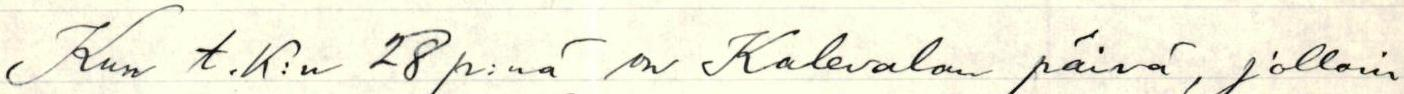
Kun t.k:n 28 p:nä on Kalevalan päivä, jolloin